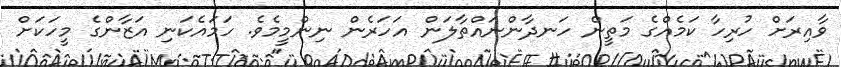
ވާއިރަށް ހުރިހާ ކަމެއްގެ މަތީން ހަނދާންނައްތާލަން އަހަރެން ނިންމީމެވެ. ހަމައެކަނި އަޒާންގެ މީހަކަށް